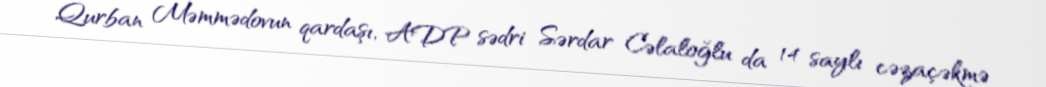
Qurban Məmmədovun qardaşı, ADP sədri Sərdar Cəlaloğlu da 14 saylı cəzaçəkmə